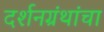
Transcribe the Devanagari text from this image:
दर्शनग्रंथांचा